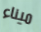
ميناء